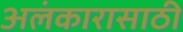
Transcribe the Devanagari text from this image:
अलंकारासाठी